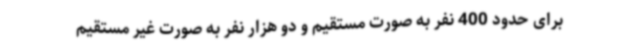
برای حدود 400 نفر به صورت مستقیم و دو هزار نفر به صورت غیر مستقیم